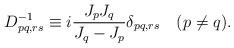
LaTeX: \begin{align*}D^{-1}_{pq,rs}\equiv i\frac{J_pJ_q}{J_q-J_p}\delta_{pq,rs}\quad (p\neq q).\end{align*}